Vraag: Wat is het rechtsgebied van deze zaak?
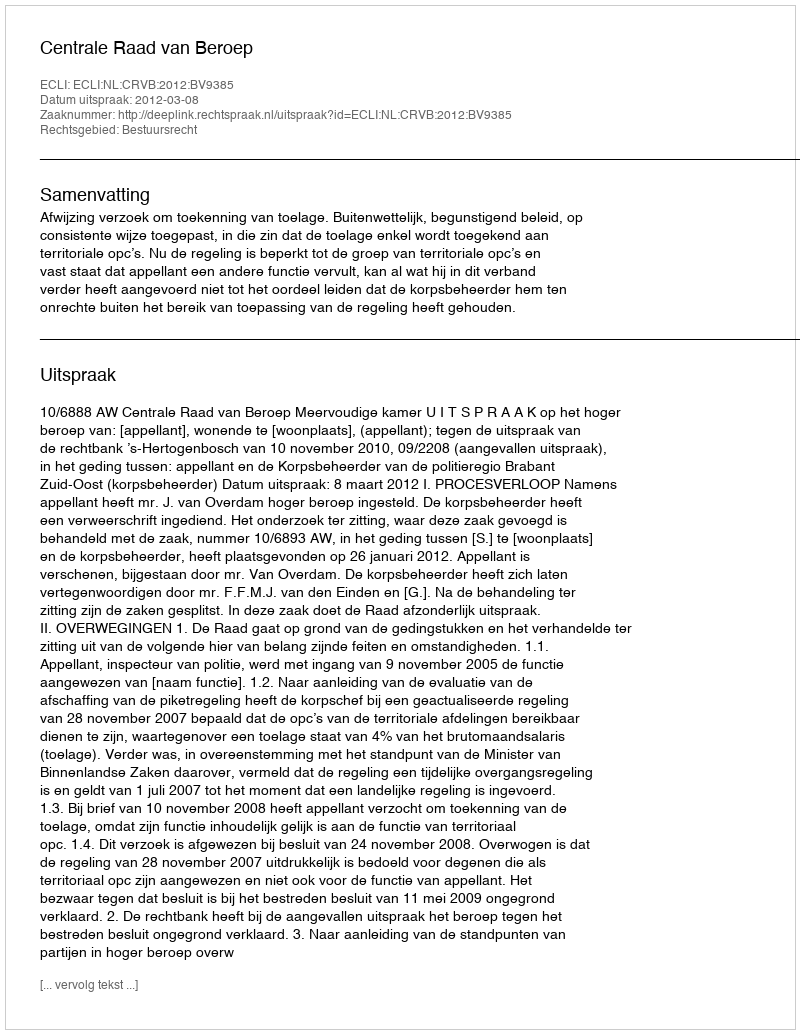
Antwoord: Bestuursrecht